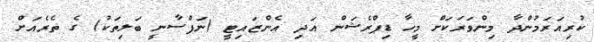
ކުރިއަރަމުންދާ މިންވަރަކަށް މީހާ ޑިޕްރެޝަން އަދި އެންޒައިޓީ (ނަފްސާނީ ބަލިތަކު) ގެ ތެރެއަށް